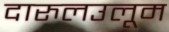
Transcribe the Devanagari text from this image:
दारुलउलूम